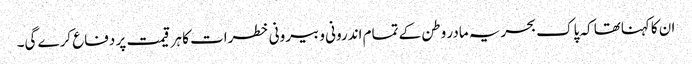
ان کاکہناتھا کہ پاک بحریہ مادر وطن کے تمام اندرونی و بیرونی خطرات کا ہر قیمت پر دفاع کرے گی۔